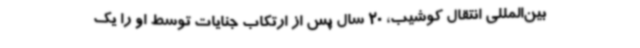
بین‌المللی انتقال کوشیب، 20 سال پس از ارتکاب جنایات توسط او را یک